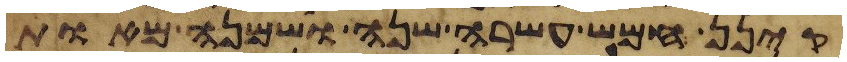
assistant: קינן חמש עשרה שנה ושמנה מאות